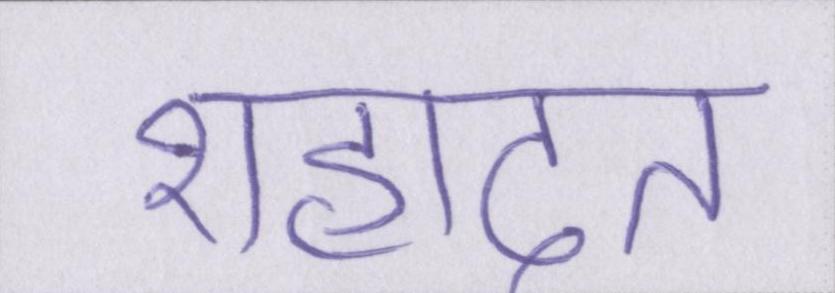
शहादत